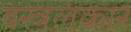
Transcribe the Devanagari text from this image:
वस्त्रलंकार